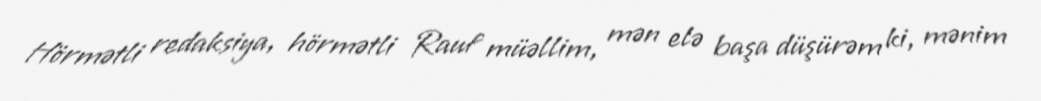
Hörmətli redaksiya, hörmətli Rauf müəllim, mən elə başa düşürəm ki, mənim